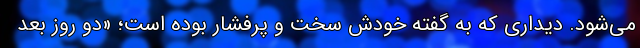
می‌شود. دیداری که به گفته‌ خودش سخت و پرفشار بوده است؛ «دو روز بعد